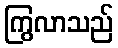
ကြွလာသည်